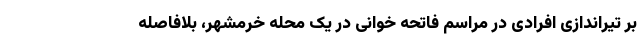
بر تیراندازی افرادی در مراسم فاتحه خوانی در یک محله خرمشهر، بلافاصله